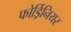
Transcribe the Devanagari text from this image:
फोर्ड्रिनियर